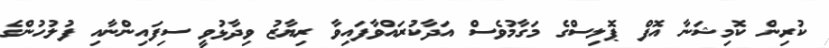
ކުރިން ކޮމިޝަނާ އޮފް ޕޮލިސްގެ މަގާމުވެސް އަދާކުރައްވާފައިވާ ރިޔާޒު ވިދާޅުވީ ސިފައިންނާއި ފުލުހުންގެ